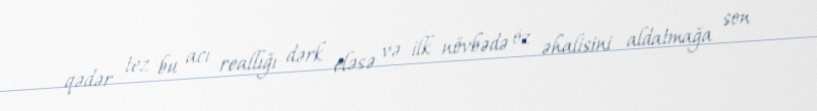
qədər tez bu acı reallığı dərk eləsə və ilk növbədə öz əhalisini aldatmağa son